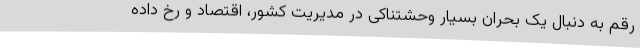
رقم به دنبال یک بحران بسیار وحشتناکی در مدیریت كشور، اقتصاد و رخ داده